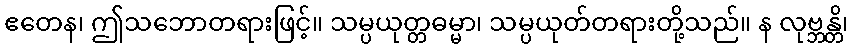
ဧတေန၊ ဤသဘောတရားဖြင့်။ သမ္ပယုတ္တဓမ္မာ၊ သမ္ပယုတ်တရားတို့သည်။ န လုဗ္ဘန္တိ၊